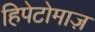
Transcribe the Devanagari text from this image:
हिपेटोमाज़